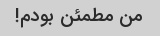
من مطمئن بودم!